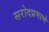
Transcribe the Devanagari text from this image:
सरोदप्रमाणे